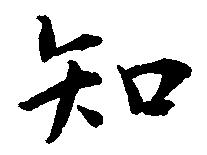
知